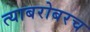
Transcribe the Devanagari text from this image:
त्‍याबरोबरच